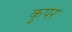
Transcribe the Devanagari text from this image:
कुपर